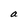
Character: a